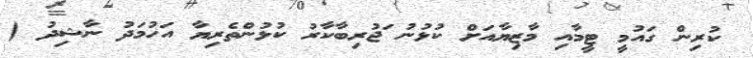
ކުރިން ގައުމީ ޓީމާއި މާޒިޔާއަށް ކުޅުނު ަޖުރިބާކާރު ކުޅުންތެރިޔާ އަހުމަދު ނާޝިދު (